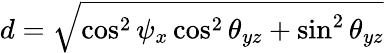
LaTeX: d=\sqrt{\cos^{2}\psi_{x}\cos^{2}\theta_{yz}+\sin^{2}\theta_{yz}}